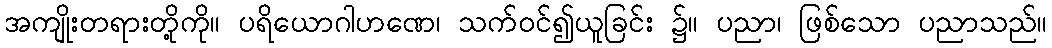
အကျိုးတရားတို့ကို။ ပရိယောဂါဟဏေ၊ သက်ဝင်၍ယူခြင်း ၌။ ပညာ၊ ဖြစ်သော ပညာသည်။